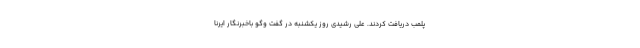
پلمب دریافت کردند. علی رشیدی روز یکشنبه در گفت وگو باخبرنگار ایرنا